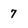
Character: 7